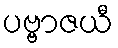
ပဗ္ဗာဇယီ